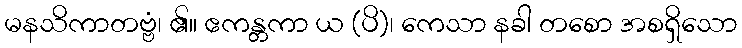
မနသိကာတဗ္ဗံ၊ ၏။ ဧကန္တကာ ယ (ပိ)၊ ကေသာ နခါ တစော အစရှိသော